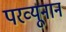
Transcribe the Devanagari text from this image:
परव्यूनान